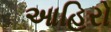
આહિરો